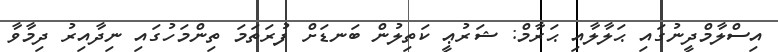
އިސްލާމްދީނުގައި ޙަލާލާއި ޙަރާމް: ޝަރުޢީ ކަތިލުން ބަނޑަށް ފުރަތަމަ ތިންމަހުގައި ނިދާއިރު ދިމާވާ